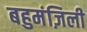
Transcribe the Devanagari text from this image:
बहुमंज़िली